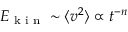
E _ { \textrm { k i n } } \sim \langle v ^ { 2 } \rangle \propto t ^ { - n }